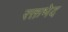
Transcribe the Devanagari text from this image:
रक्तभेद